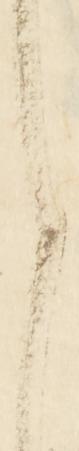
と